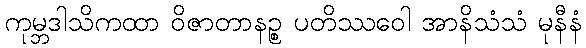
ကုမ္ဘဒါသိကထာ ဝိဇာတာနဉ္စ ပတိဿဝေါ အာနိသံသံ မုနီနံ